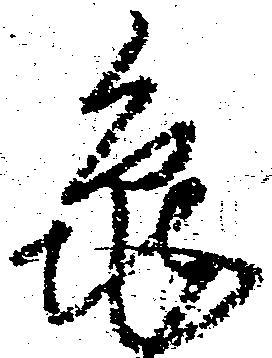
亀